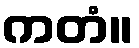
ကတံ။